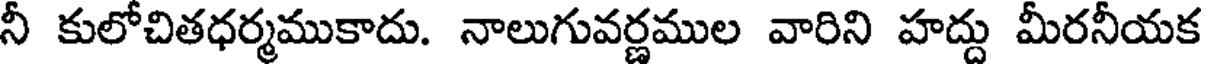
నీ కులోచితధర్మముకాదు. నాలుగువర్ణముల వారిని హద్దు మీరనీయక